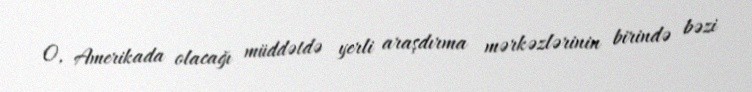
O, Amerikada olacağı müddətdə yerli araşdırma mərkəzlərinin birində bəzi